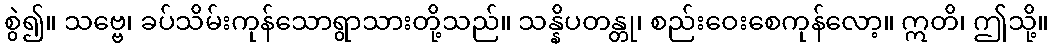
စွဲ၍။ သဗ္ဗေ၊ ခပ်သိမ်းကုန်သောရွာသားတို့သည်။ သန္နိပတန္တု၊ စည်းဝေးစေကုန်လော့။ ဣတိ၊ ဤသို့။